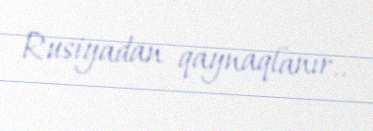
Rusiyadan qaynaqlanır..